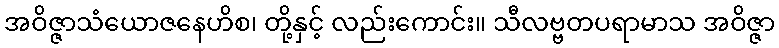
အဝိဇ္ဇာသံယောဇနေဟိစ၊ တို့နှင့် လည်းကောင်း။ သီလဗ္ဗတပရာမာသ အဝိဇ္ဇာ